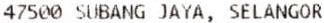
47500 SUBANG JAYA, SELANGOR